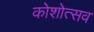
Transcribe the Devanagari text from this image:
कोशोत्सव